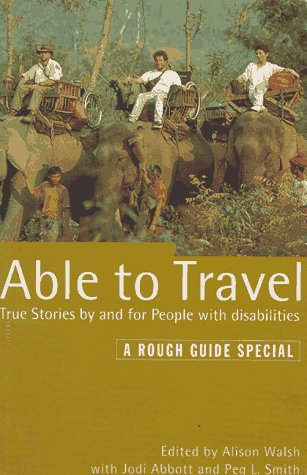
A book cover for Able to Travel: The Rough Guide, First Edition (Rough Guides); Rough Guides; Travel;